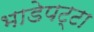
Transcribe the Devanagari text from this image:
भाडेपट्टा